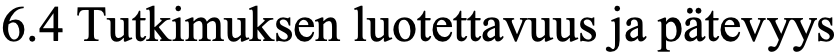
6.4 Tutkimuksen luotettavuus ja pätevyys